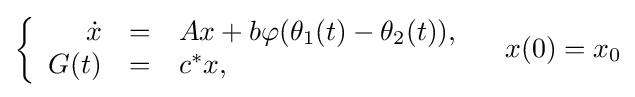
\left\{{\begin{array}{rcl}{\dot {x}}&=&Ax+b\varphi (\theta _{1}(t)-\theta _{2}(t)),\\G(t)&=&c^{*}x,\end{array}}\right.\quad x(0)=x_{0}